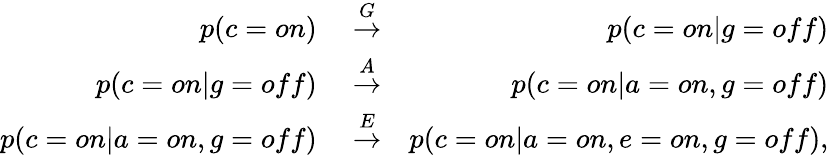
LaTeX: \begin{array}{rlr}{p(c={on})}&{{}\stackrel{G}{\rightarrow}}&{p(c={on}|g={off})}\\ {p(c={on}|g={off})}&{{}\stackrel{A}{\rightarrow}}&{p(c={on}|a={on},g={off})}\\ {p(c={on}|a={on},g={off})}&{{}\stackrel{E}{\rightarrow}}&{p(c={on}|a={on},e={on},g={off}),}\end{array}